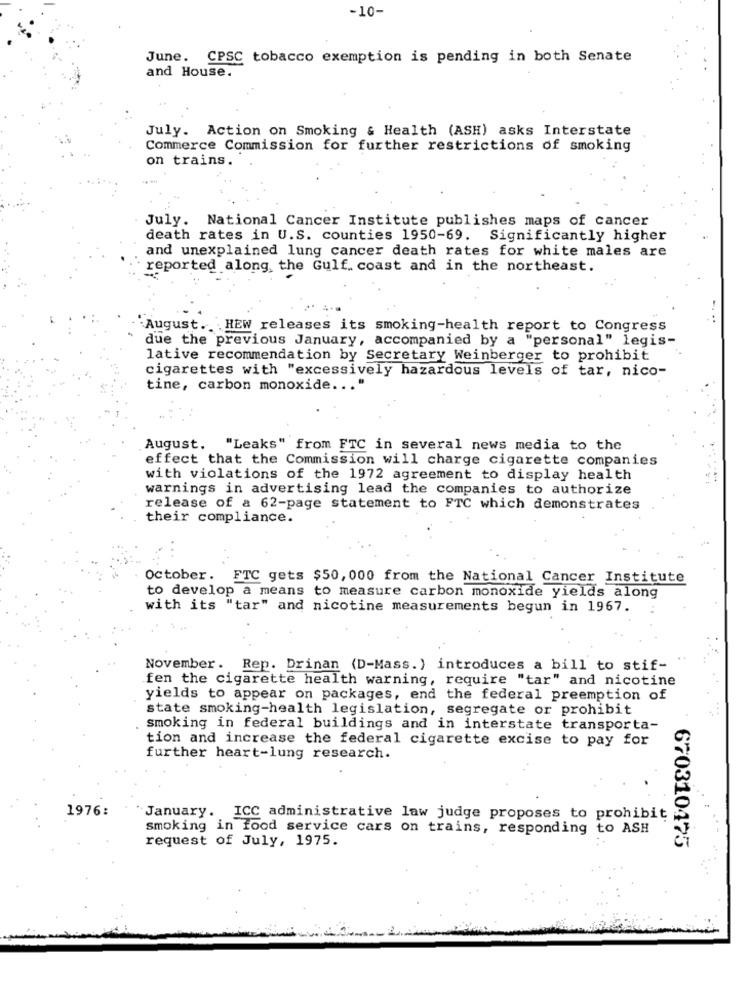
-10-
June. CPSC tobacco exemption is pending in both Senate
and House.
July. Action on Smoking & Health (ASH) asks Interstate
Commerce Commission for further restrictions of smoking
on trains.
July. National Cancer Institute publishes maps of cancer
death rates in U.S. counties 1950-69. Significantly higher
and unexplained lung cancer death rates for white males are
reported along, the Gulf. coast and in the northeast.
:August. HEW releases its smoking-health report to Congress
due the previous January, accompanied by a "personal" legis-
lative recommendation by Secretary Weinberger to prohibit
cigarettes with "excessively hazardous levels of tar, nico-
tine, carbon monoxide ...
August. "Leaks" from FTC in several news media to the
effect that the Commission will charge cigarette companies
with violations of the 1972 agreement to display health
warnings in advertising lead the companies to authorize
release of a 62-page statement to FTC which demonstrates
their compliance.
October. FTC gets $50, 000 from the National Cancer Institute
to develop a means to measure carbon monoxide yields along
with its "tar" and nicotine measurements begun in 1967.
November. Rep. Drinan (D-Mass.) introduces a bill to stif-
fen the cigarette health warning, require "tar" and nicotine
yields to appear on packages, end the federal preemption of
state smoking-health legislation, segregate or prohibit
smoking in federal buildings and in interstate transporta-
tion and increase the federal cigarette excise to pay for
further heart-lung research.
1976:
"January. ICC administrative law judge proposes to prohibit
smoking in food service cars on trains, responding to ASH
request of July, 1975.
670310475